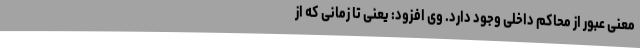
معنی عبور از محاکم داخلی وجود دارد. وی افزود: یعنی تا زمانی که از